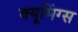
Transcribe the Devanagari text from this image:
क्यूमिंग्स